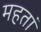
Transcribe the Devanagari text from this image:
महतां